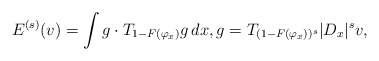
\begin{align*}E^{(s)}(v) = \int g\cdot T_{1 - F(\varphi_x)} g \,dx, g = T_{(1 - F(\varphi_x))^s} | D_x|^s v,\end{align*}